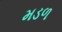
મડળ